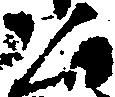
公